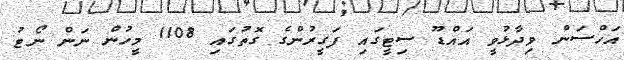
އަހްސަން ވިދާޅުވީ އައްޑޫ ސިޓީގައި ފަގީރުންގެ ގޮތުގައި 1108 މީހުން ނަން ނޯޓު